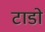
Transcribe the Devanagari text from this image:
टाडो